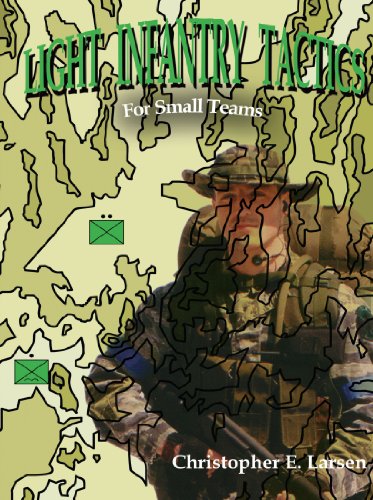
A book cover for Light Infantry Tactics: For Small Teams; Christopher E. Larsen; Reference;